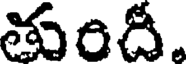
తుందీ.